65_HS1-834228961_62-HQ-83894_Section_3
Agency: FBI
Page 119
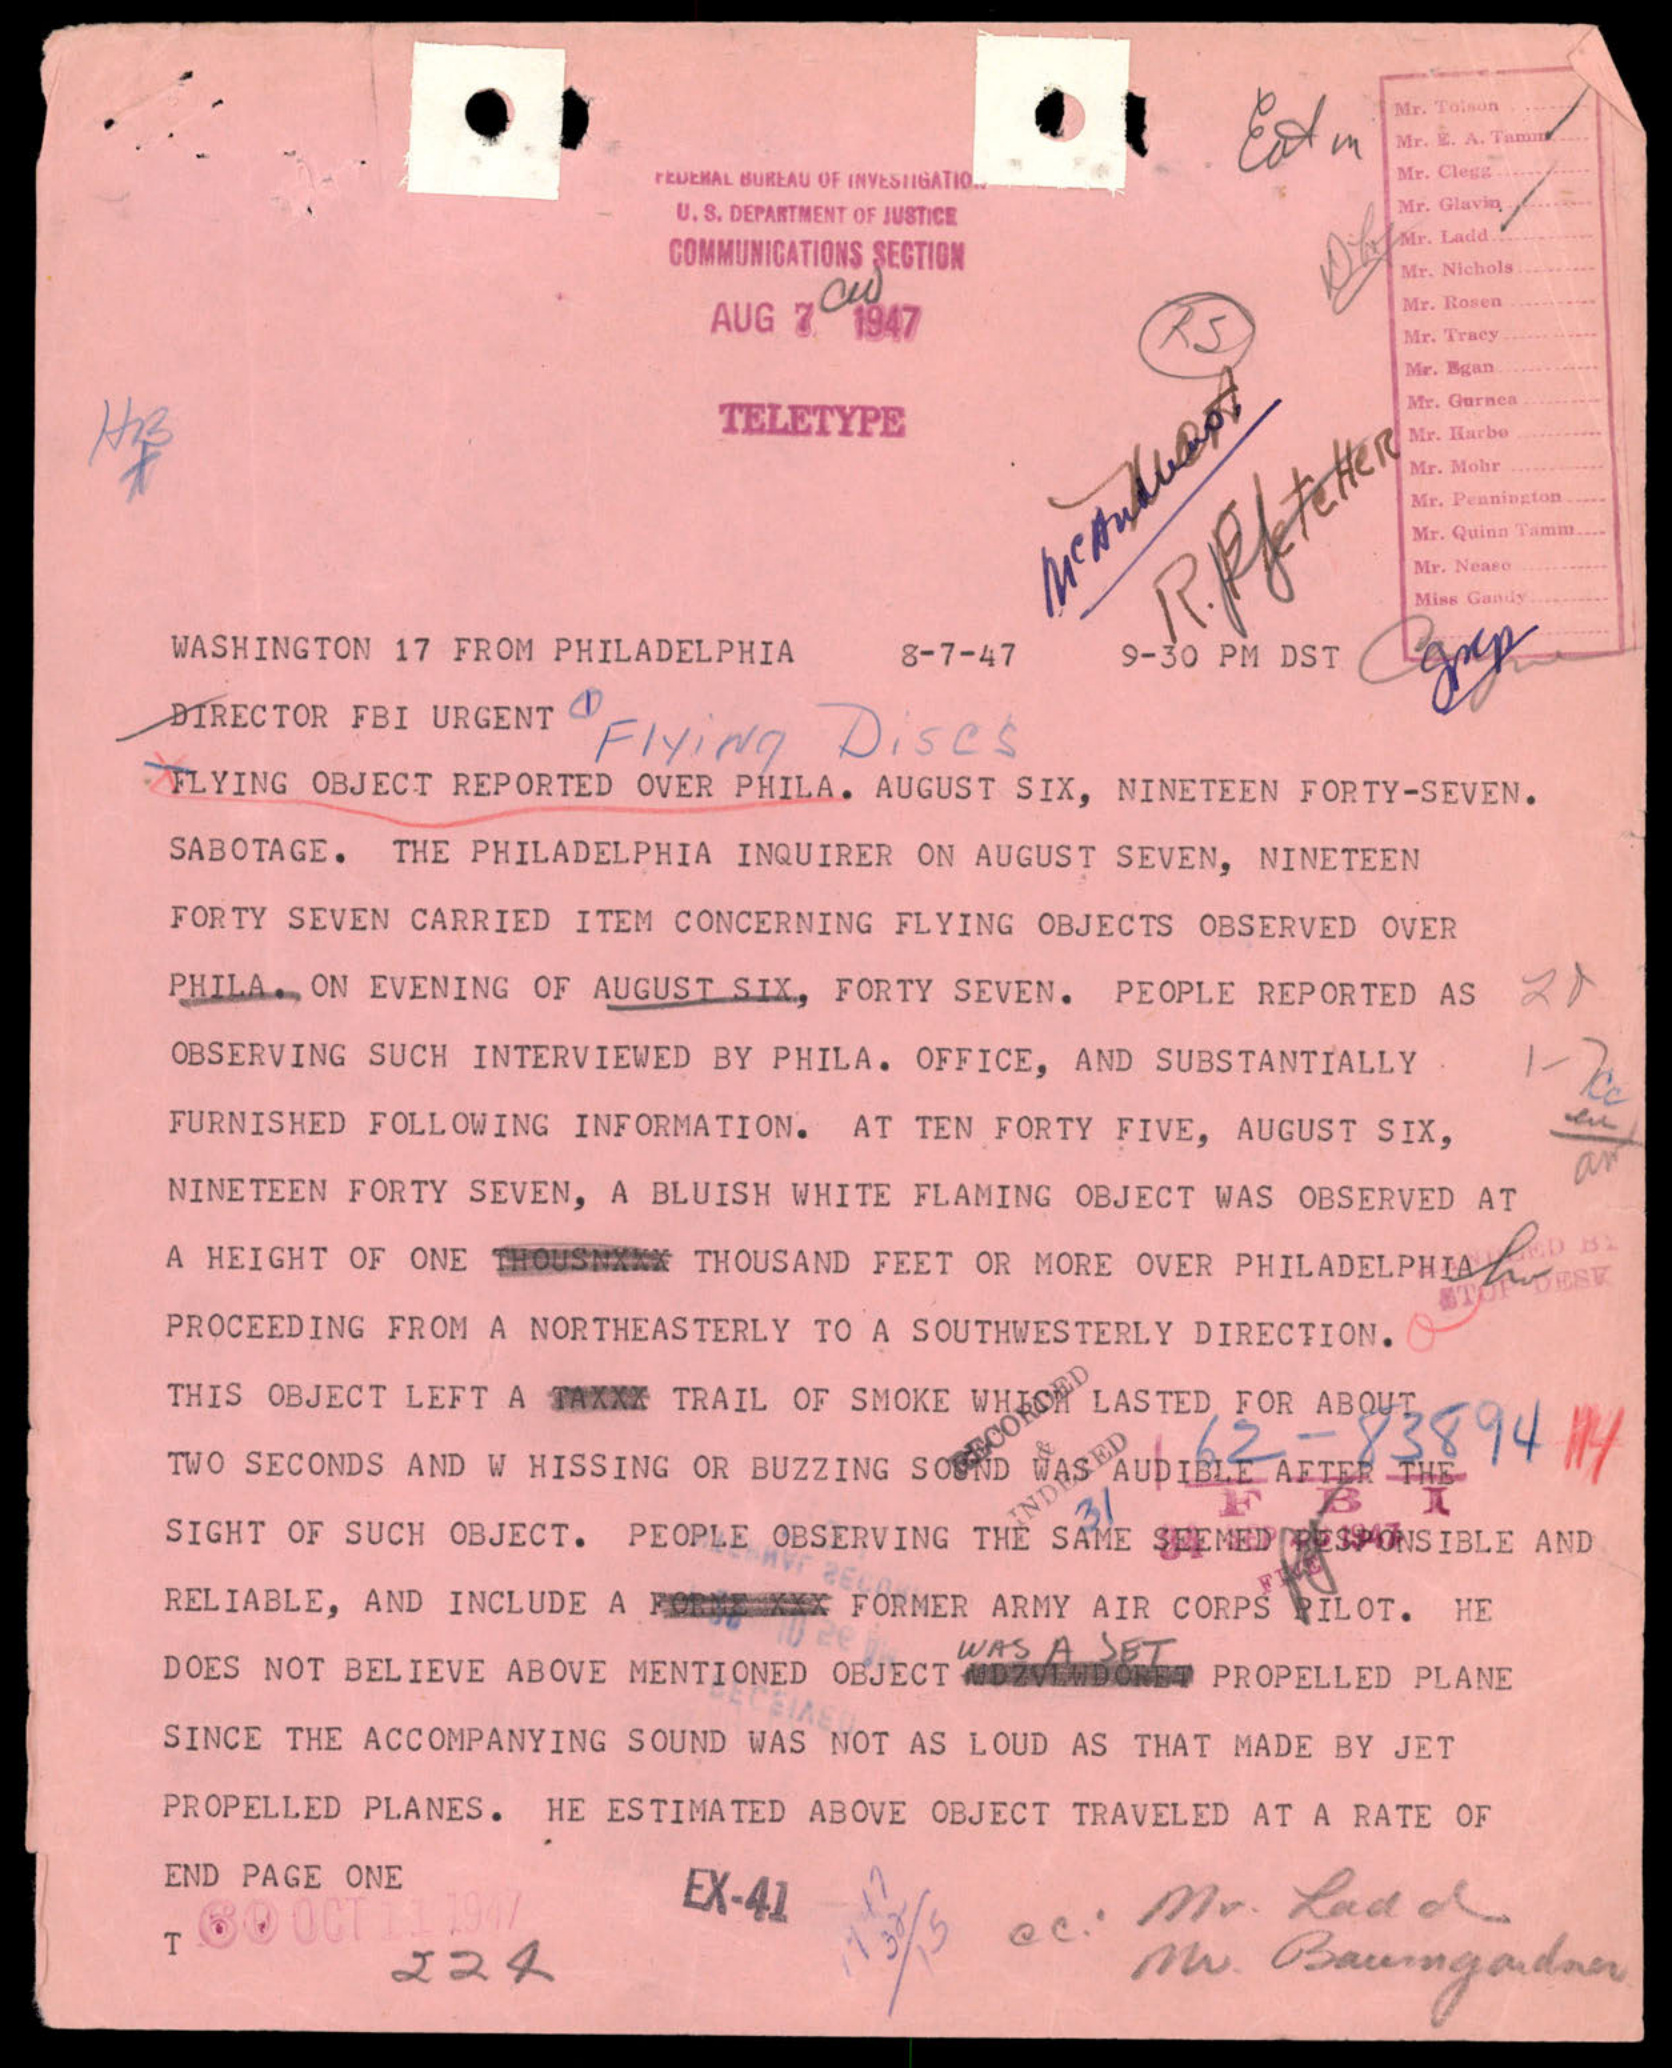